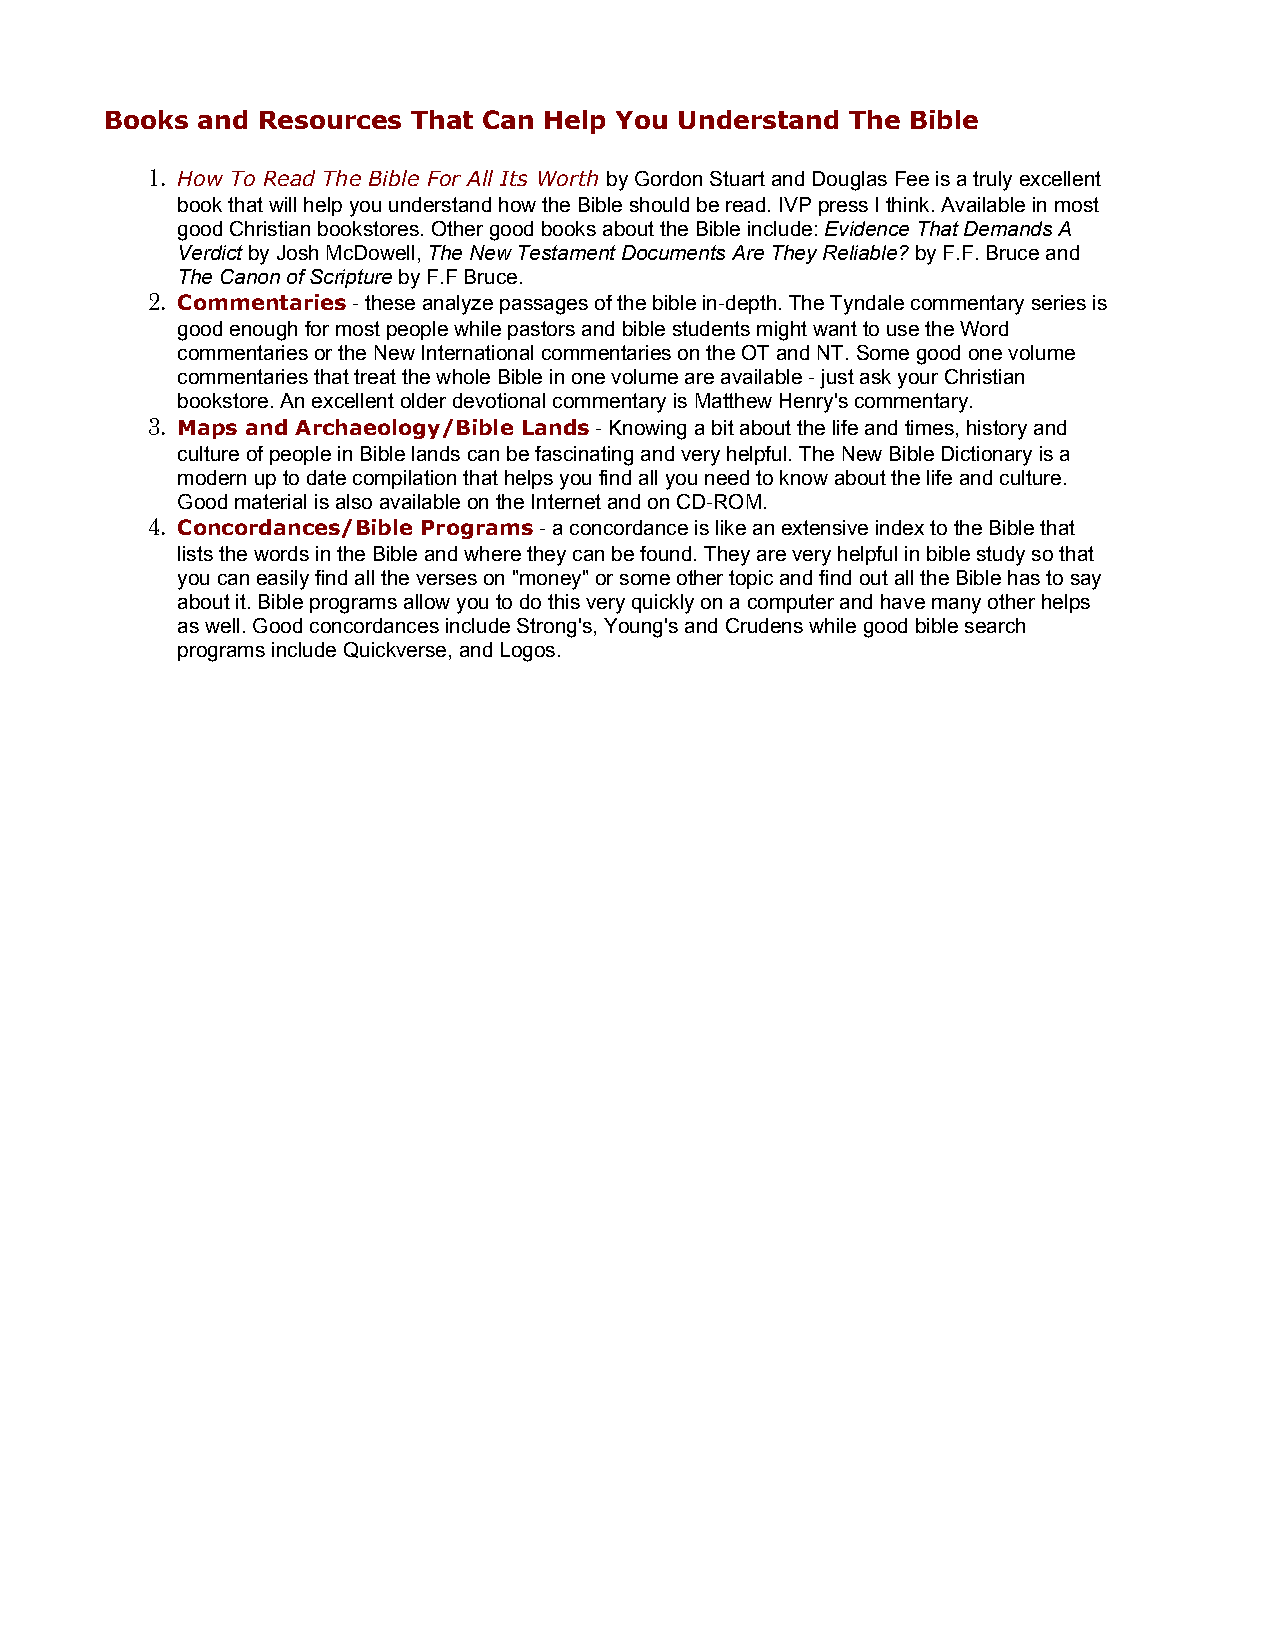
Books and Resources That Can Help You Understand The Bible
 1. How To Read The Bible For All Its Worth by Gordon Stuart and Douglas Fee is a truly excellent
 book that will help you understand how the Bible should be read. IVP press I think. Available in most
 good Christian bookstores. Other good books about the Bible include: Evidence That Demands A
 Verdict by Josh McDowell, The New Testament Documents Are They Reliable? by F.F. Bruce and
 The Canon of Scripture by F.F Bruce.
 2. Commentaries - these analyze passages of the bible in-depth. The Tyndale commentary series is
 good enough for most people while pastors and bible students might want to use the Word
 commentaries or the New International commentaries on the OT and NT. Some good one volume
 commentaries that treat the whole Bible in one volume are available - just ask your Christian
 bookstore. An excellent older devotional commentary is Matthew Henry's commentary.
 3. Maps and Archaeology/Bible Lands - Knowing a bit about the life and times, history and
 culture of people in Bible lands can be fascinating and very helpful. The New Bible Dictionary is a
 modern up to date compilation that helps you find all you need to know about the life and culture.
 Good material is also available on the Internet and on CD-ROM.
 4. Concordances/Bible Programs - a concordance is like an extensive index to the Bible that
 lists the words in the Bible and where they can be found. They are very helpful in bible study so that
 you can easily find all the verses on "money" or some other topic and find out all the Bible has to say
 about it. Bible programs allow you to do this very quickly on a computer and have many other helps
 as well. Good concordances include Strong's, Young's and Crudens while good bible search
 programs include Quickverse, and Logos.